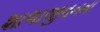
શાળાજીવનના